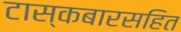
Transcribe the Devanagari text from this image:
टास्कबारसहित